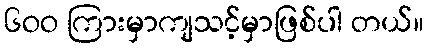
၆ဝဝ ကြားမှာကျသင့်မှာဖြစ်ပါ တယ်။